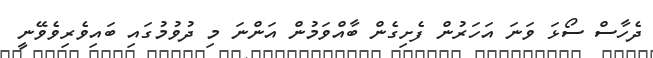
ދެހާސް ސޯޅަ ވަނަ އަހަރުން ފެށިގެން ބާއްވަމުން އަންނަ މި ދުވުމުގައި ބައިވެރިވެވޭނީ